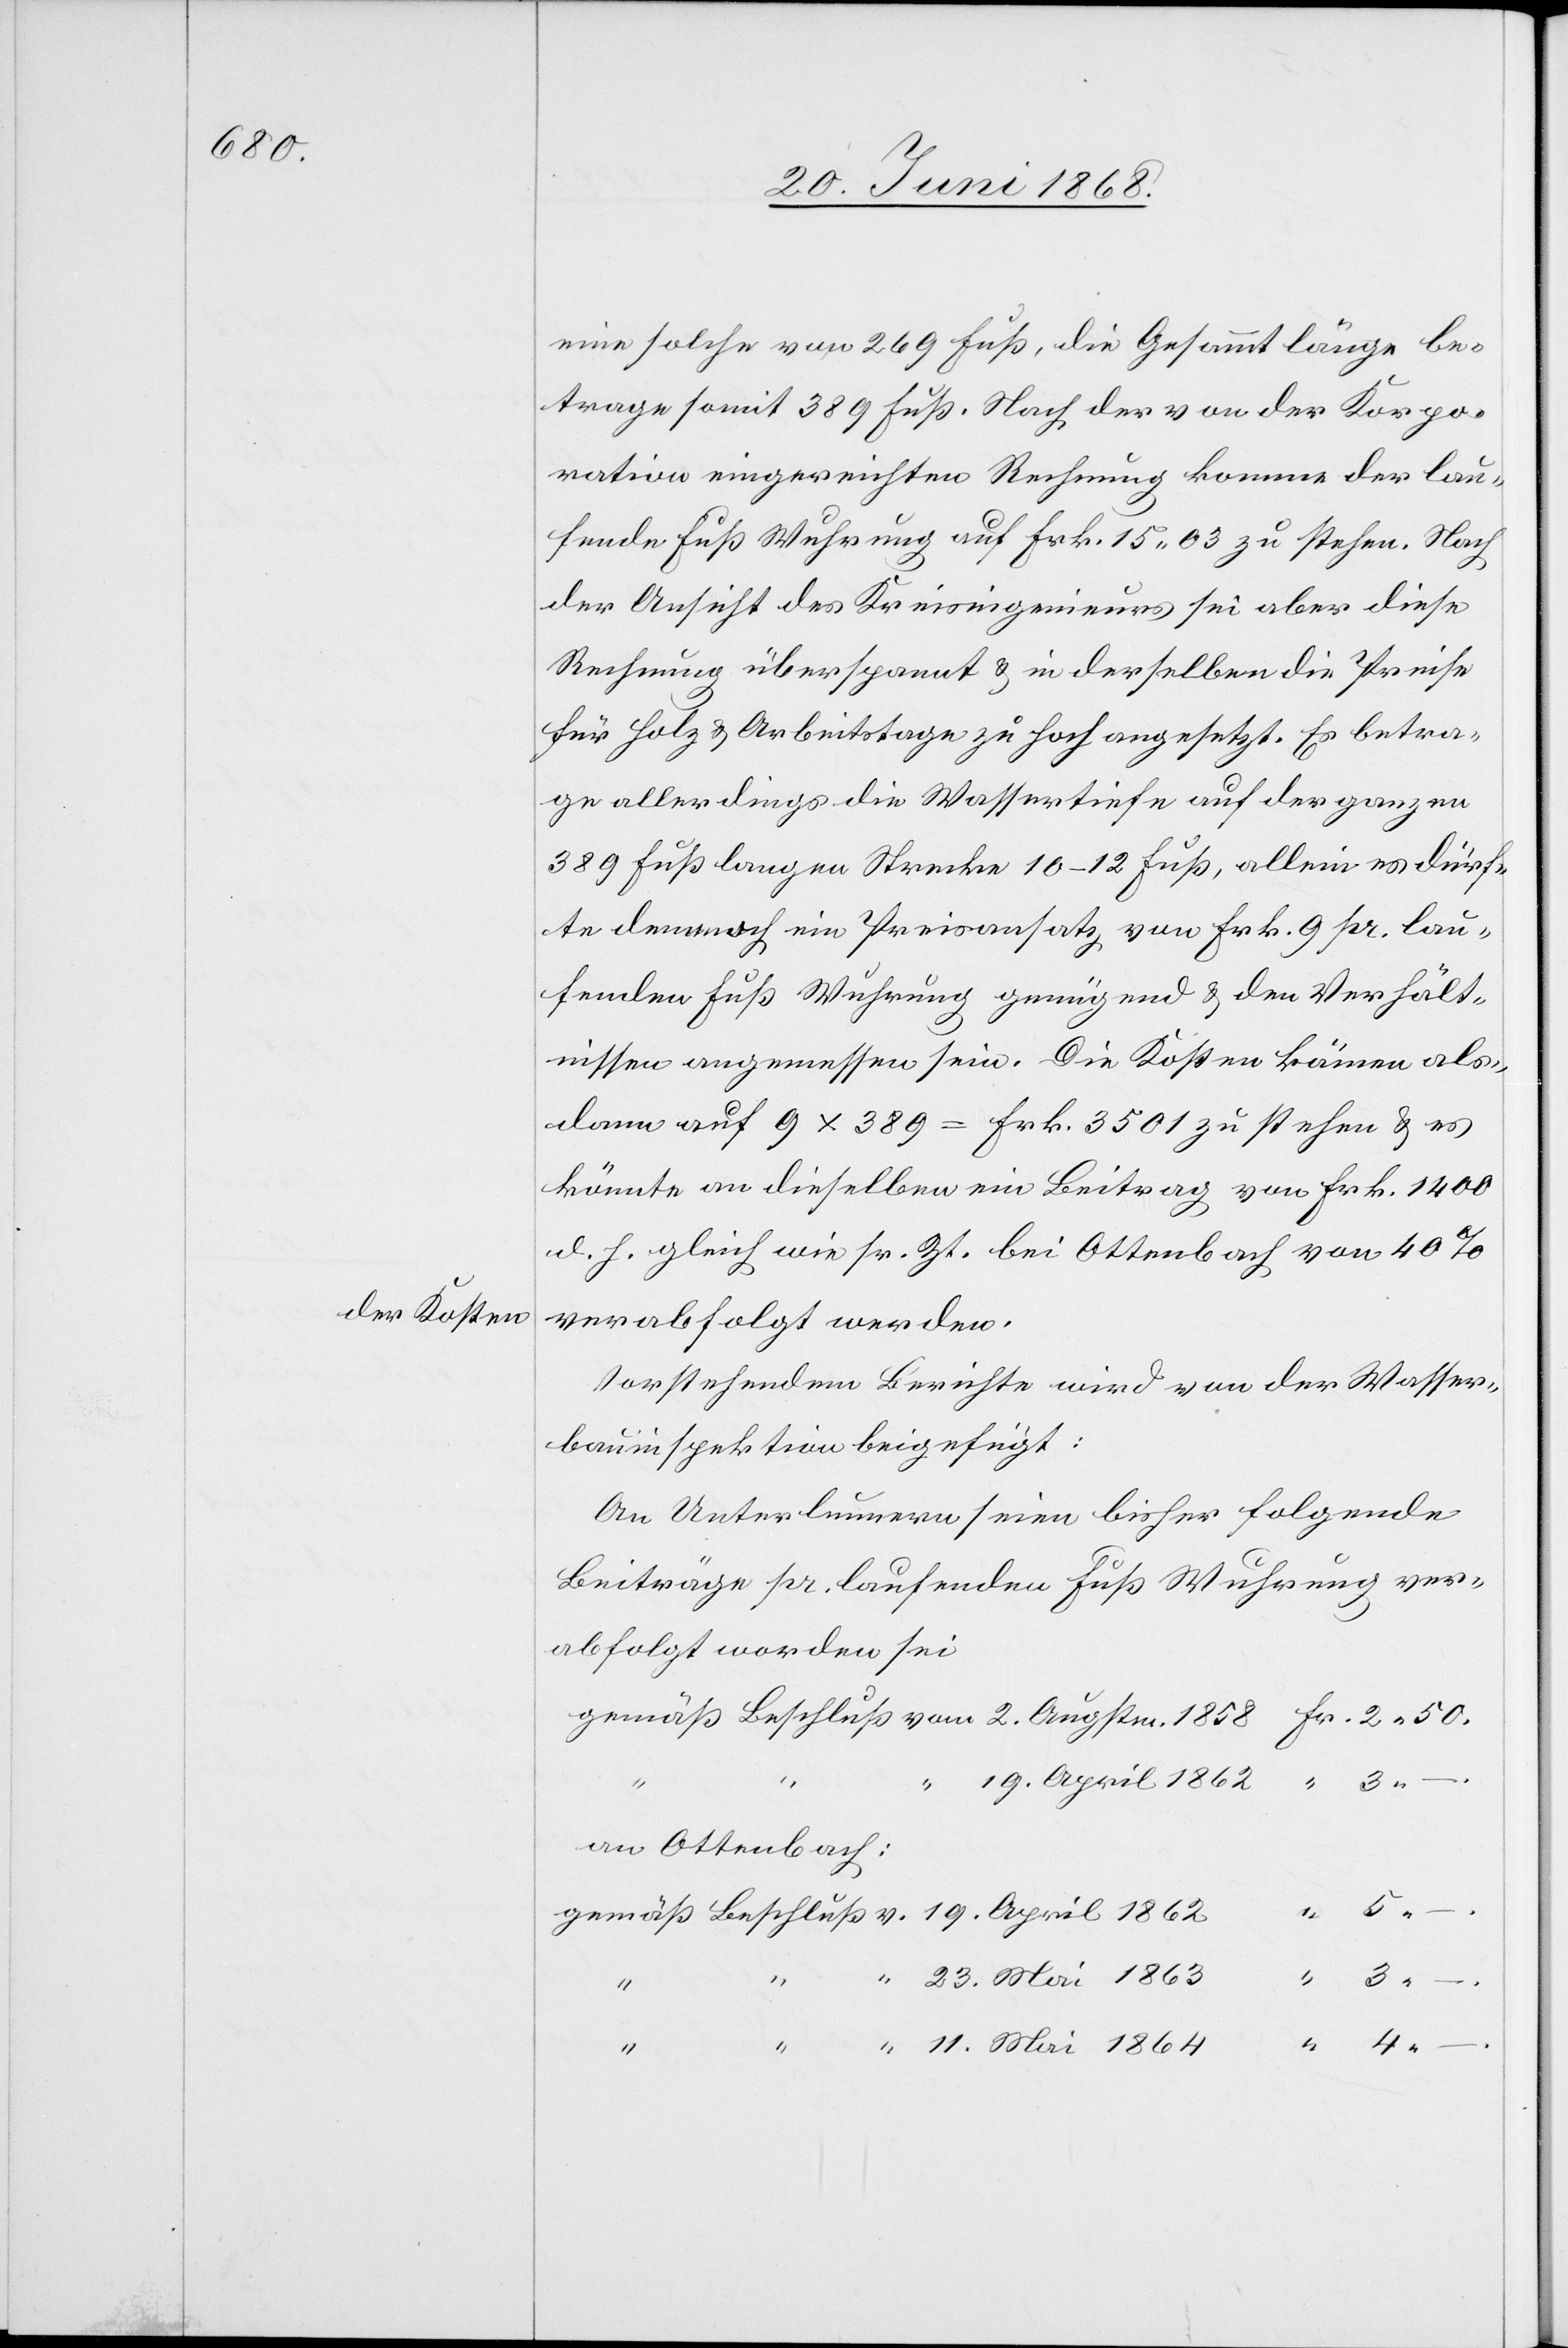
der Kosten

eine solche von 269 Fuß, die Gesammtlänge be¬
trage somit 389 Fuß. Nach der von der Korpo¬
ration eingereichten Rechnung komme der lau¬
fende Fuß Wuhrung auf Frk. 15. 03 zu stehen. Nach
der Ansicht des Kreisingenieurs sei aber diese
Rechnung überspannt & in derselben die Preise
für Holz & Arbeitstage zu hoch angesetzt. Es betra¬
ge allerdings die Wassertiefe auf der ganzen
389 Fuß langen Strecke 10–12 Fuß, allein es dürf¬
te dennnoch [sic!] ein Preisansatz von Frk. 9 pr. lau¬
fenden Fuß Wuhrung genügend & den Verhält¬
nissen angemessen sein. Die Kosten kämen als¬
dann auf 9 x 389 = Frk. 3501 zu stehen & es
könnte an dieselben ein Beitrag von Frk. 1400
d. h. gleich wie sr. Zt. bei Ottenbach von 40%
verabfolgt werden.
Vorstehendem Berichte wird von der Wasser¬
bauinspektion beigefügt:
An Unterlunnern seien bisher folgende
Beiträge pr. laufenden Fuß Wuhrung ver¬
abfolgt worden sei
Fr. 2. 50.
gemäß Beschluß vom 2. Augstm. 1858
“ 19. April 1862
“ 3. –
an Ottenbach:
gemäß Beschluß v. 19. April 1862
“ 23. Mai 1863
“ 3.
11.
4.
–
.